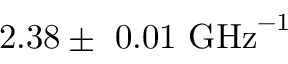
2 . 3 8 \pm ~ 0 . 0 1 ~ \mathrm { { G H z } ^ { - 1 } }